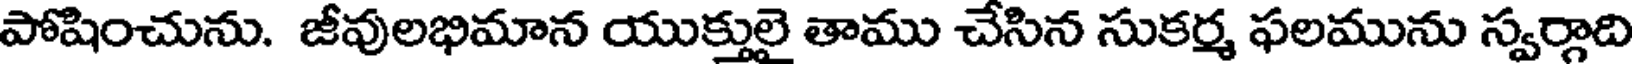
పోషించును. జీవులభిమాన యుక్తులై తాము చేసిన సుకర్మ ఫలమును స్వర్గాది